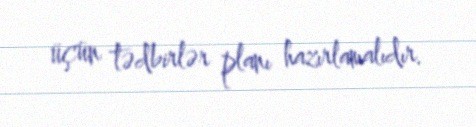
üçün tədbirlər planı hazırlamalıdır.